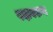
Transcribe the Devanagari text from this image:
पदावरुण